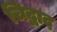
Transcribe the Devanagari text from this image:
चिद्वाद